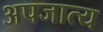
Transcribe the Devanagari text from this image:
अपजात्य